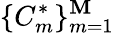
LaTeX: \{ C_{m}^{*}\} _{m=1}^{\mathbf{M}}